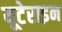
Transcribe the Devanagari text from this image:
यूटेराइन